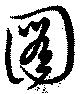
圖